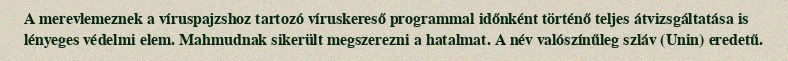
A merevlemeznek a víruspajzshoz tartozó víruskereső programmal időnként történő teljes átvizsgáltatása is lényeges védelmi elem. Mahmudnak sikerült megszerezni a hatalmat. A név valószínűleg szláv (Unin) eredetű.